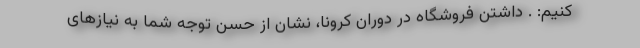
کنیم: . داشتن فروشگاه در دوران کرونا، نشان از حسن توجه شما به نیازهای